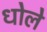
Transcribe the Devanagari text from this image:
धोले